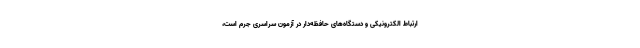
ارتباط الکترونیکی و دستگاه‌های حافظه‌دار در آزمون سراسری جرم است،